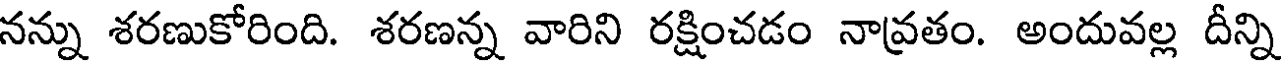
నన్ను శరణుకోరింది. శరణన్న వారిని రక్షించడం నావ్రతం. అందువల్ల దీన్ని